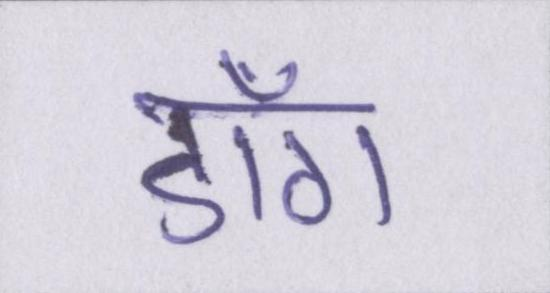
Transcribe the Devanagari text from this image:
डाँग